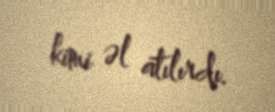
kimi əl atılırdı.